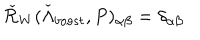
LaTeX: \check { \cal R } _ { W } ( \check { \Lambda } _ { b o o s t } , P ) _ { \alpha \beta } = \delta _ { \alpha \beta }